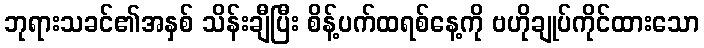
ဘုရားသခင်၏အနှစ် သိန်းချီပြီး စိန့်ပက်ထရစ်နေ့ကို ဗဟိုချုပ်ကိုင်ထားသော